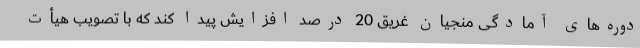
دوره‌های آمادگی منجیان غریق 20 درصد افزایش پیدا کند که با تصویب هیأت